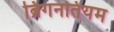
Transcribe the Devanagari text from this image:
ब्रिगनतियम